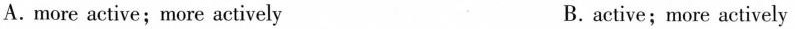
A.more active;more actively B. active;more actively